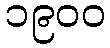
၁၉၀၀